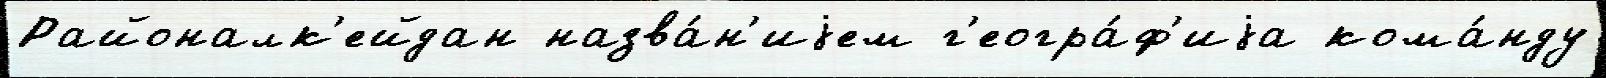
Районалк'ейдан назва́н'иjем г'еогра́ф'иjа кома́нду